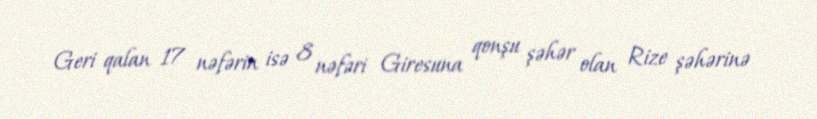
Geri qalan 17 nəfərin isə 8 nəfəri Giresuna qonşu şəhər olan Rize şəhərinə